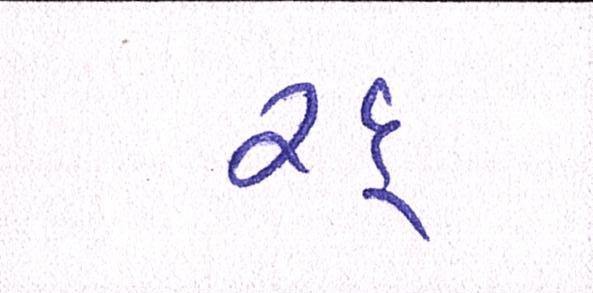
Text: રદ્